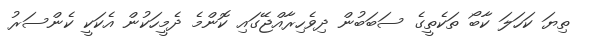
ތިޔަ ކަހަލަ ކާބޯ ތަކެތީގެ ސަބަބުން ދިވެހިރާއްޖޭގައި ކޮންމެ ދެމީހަކުން އެކަކީ ކެންސަރު